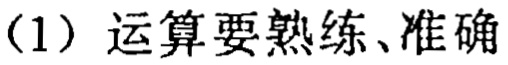
（1）运算要熟练、准确